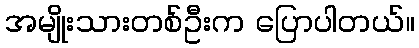
အမျိုးသားတစ်ဦးက ပြောပါတယ်။